Civil Veterinary Department. United Provinces 1912-22 - 1912-1922
Year: 1912
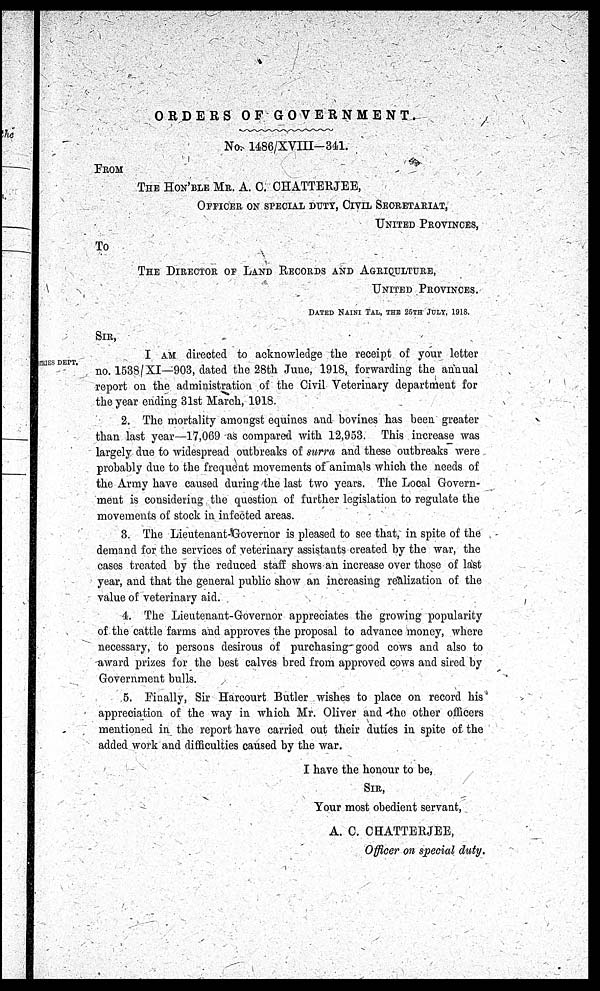
ORDERS OF
GOVERNMENT.
No. 1486/XVIII-341.
FROM
THE HON'BLE Mr. A. C. CHATTERJEE,
OFFICER ON SPECIAL DUTY, CIVIL SECRETARIAT,
UNITED PROVINCES, TO
THE DIRECTOR OF LAND RECORDS AND AGRICULTURE,
UNITED PROVINCES.
DATED NAINI TAL, THE 25TH JULY, 1918.
SIR,
DEPT.
I am directed to acknowledge the receipt of your letter
no. 1538/XI—903, dated the 28th June, 1918, forwarding the annual
report on the administration of the Civil Veterinary department for
the year ending 31st March, 1018.
2. The mortality amongst equines and bovines has been greater
than last year—17,069 as compared with 12,953. This increase was
largely due to widespread outbreaks of surra and these outbreaks were
probably due to the frequent movements of animals which the needs of
the Army have caused during the last two years. The Local Govern-
ment is considering the question of further legislation to regulate the
movements of stock in infected areas.
3. The Lieutenant-Governor is pleased to see that, in spite of the
demand for the services of veterinary assistants created by the Avar, the
cases treated by the reduced staff shows an increase over those of last
year, and that the general public show an increasing realization of the
value of veterinary aid.
1. The Lieutenant-Governor appreciates the growing popularity
of the cattle farms and approves the proposal to advance money, where
necessary, to persons desirous of purchasing good cows and also to
award prizes for the best calves bred from approved cows and sired by
Government bulls.
5. Finally, Sir Harcourt Butler wishes to place on record his
appreciation of the way in which Mr. Oliver and the other officers
mentioned in the report have carried out their duties in spite of the
added work and difficulties caused by the war.
I have the honour to be,
Sir,
Your most obedient servant,
A. C. CHATTERJEE,
Officer on special duty.